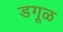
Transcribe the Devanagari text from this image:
डगूळ